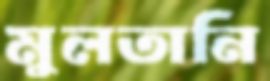
মুলতানি